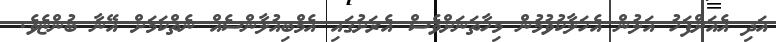
އަދި އެއަށްފަހު އަލުން އެހަލާކުވުމުން މިހާތަނަށްވެސް އެރަށުގައި އެމްބިއުލާންސެއް ނެތްކަމަށް އޭނާ ބުންޏެވެ.